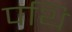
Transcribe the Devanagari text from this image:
पथि